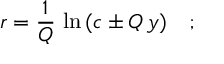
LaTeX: r = \frac { 1 } { Q } \, \ln \, ( c \pm Q \, y ) \quad ; \quad